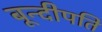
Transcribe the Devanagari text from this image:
बून्दीपति